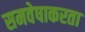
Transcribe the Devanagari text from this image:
समवेषाकरता